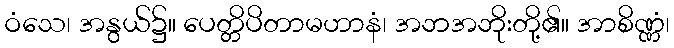
ဝံသေ၊ အနွယ်၌။ ပေတ္တိပိတာမဟာနံ၊ အဘအဘိုးတို့၏။ အာစိဏ္ဏံ၊